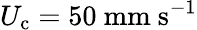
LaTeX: U_{\textrm{c}}=50\ {\textrm{mm}}\ {\textrm{s}}^{-1}